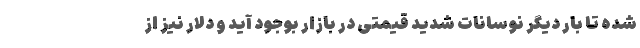
شده تا بار دیگر نوسانات شدید قیمتی در بازار بوجود آید و دلار نیز از